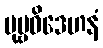
ပုဗ္ဗဝိဒေဟနံ